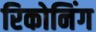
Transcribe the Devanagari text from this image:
रिकोनिंग